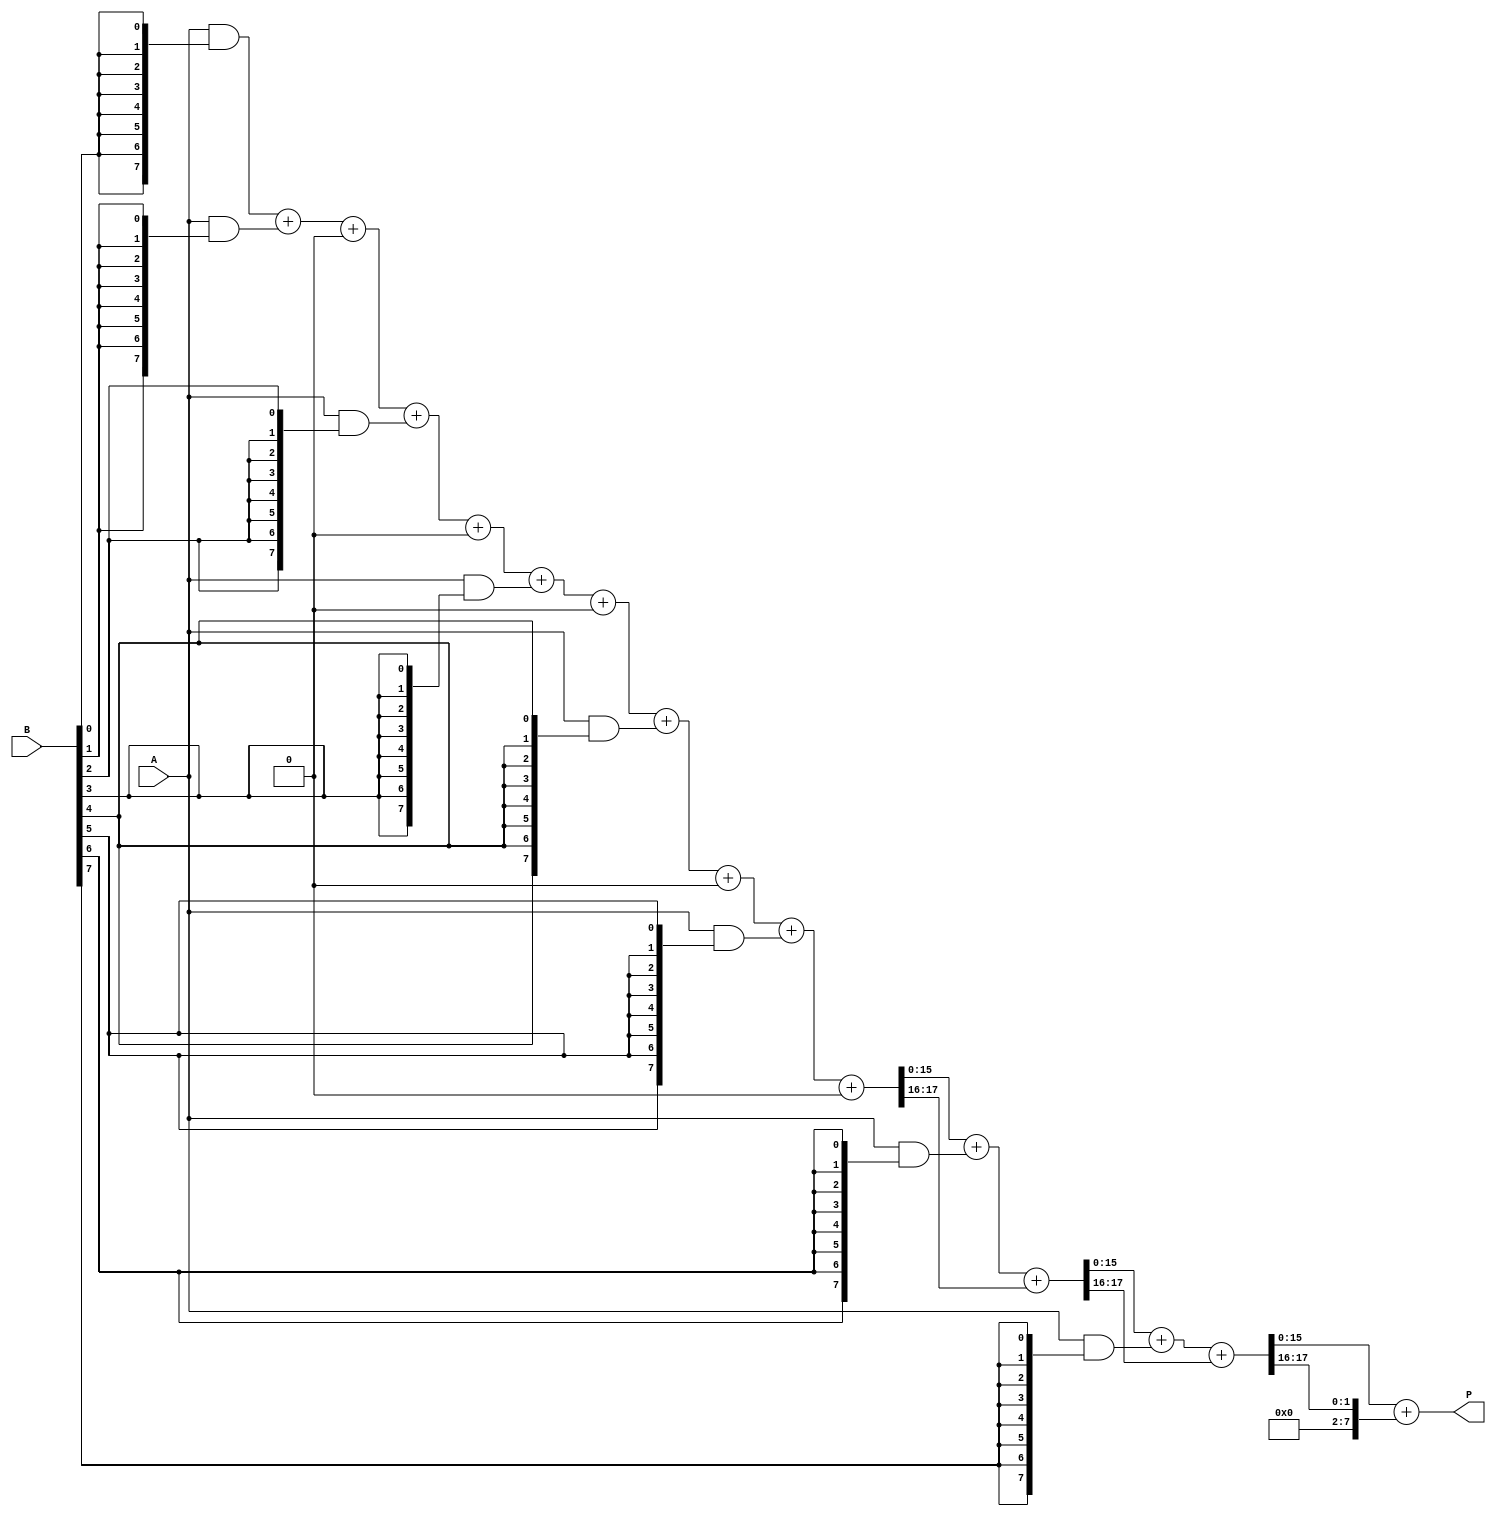
module WallaceTreeMultiplier #(
    parameter A_WIDTH = 8, // Width of input A
    parameter B_WIDTH = 8  // Width of input B
)(
    input [A_WIDTH-1:0] A, // First operand
    input [B_WIDTH-1:0] B, // Second operand
    output reg [A_WIDTH+B_WIDTH-1:0] P // Product output
);

    // Generate partial products
    wire [A_WIDTH-1:0] pp[B_WIDTH-1:0]; // Partial products
    genvar i, j;
    generate
        for (i = 0; i < B_WIDTH; i = i + 1) begin : gen_partial_products
            assign pp[i] = A & {A_WIDTH{B[i]}};
        end
    endgenerate

    // Wallace tree reduction
    wire [A_WIDTH+B_WIDTH-1:0] sum [B_WIDTH-1:0];
    wire [B_WIDTH-1:0] carry [B_WIDTH-1:0];

    // Initial stage: direct assignment of partial products
    assign sum[0] = pp[0];
    assign carry[0] = 0;

    // Wallace tree reduction stages
    generate
        for (i = 1; i < B_WIDTH; i = i + 1) begin : reduction_stage
            wire [A_WIDTH+B_WIDTH-1:0] a, b, c;
            assign a = sum[i-1];
            assign b = pp[i];
            assign c = carry[i-1];

            // Full adder and half adder logic
            wire [A_WIDTH+B_WIDTH-1:0] s, co;
            assign {co, s} = a + b + c;

            assign sum[i] = s;
            assign carry[i] = co;
        end
    endgenerate

    // Final addition of the last two sums
    wire [A_WIDTH+B_WIDTH-1:0] final_sum;
    wire [A_WIDTH+B_WIDTH-1:0] final_carry;

    assign {final_carry, final_sum} = sum[B_WIDTH-1] + carry[B_WIDTH-1];

    // Assign final product
    always @(*) begin
        P = final_sum; // Final product output
    end

endmodule